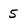
Character: 5